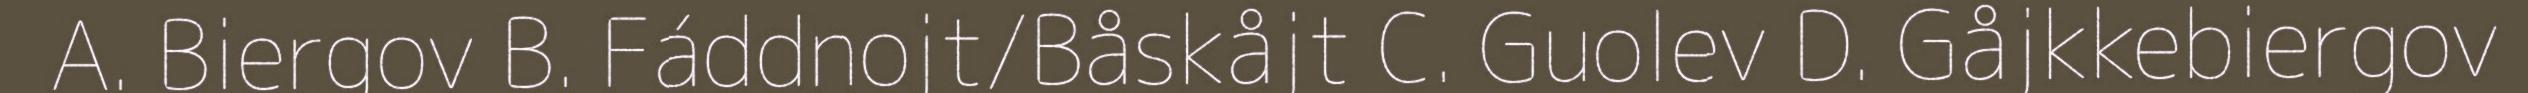
A. Biergov B. Fáddnojt/Båskåjt C. Guolev D. Gåjkkebiergov